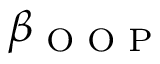
\beta _ { \textrm { O O P } }